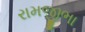
રામજીભા